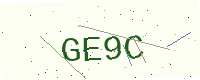
Text: GE9C